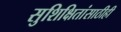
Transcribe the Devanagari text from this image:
सुशिक्षितांसाठीही